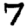
Digit: 7